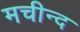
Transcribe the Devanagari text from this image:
मचीन्‍द